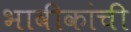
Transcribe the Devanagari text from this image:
भावीकांची